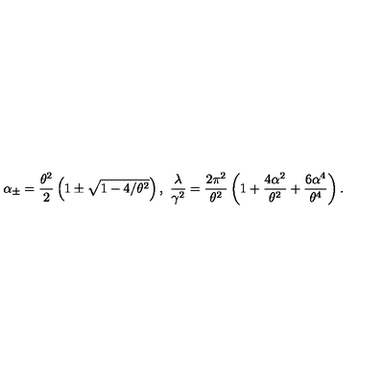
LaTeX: \alpha _ { \pm } = \frac { \theta ^ { 2 } } { 2 } \left( 1 \pm \sqrt { 1 - 4 / \theta ^ { 2 } } \right) , \ \frac { \lambda } { \gamma ^ { 2 } } = \frac { 2 \pi ^ { 2 } } { \theta ^ { 2 } } \left( 1 + \frac { 4 \alpha ^ { 2 } } { \theta ^ { 2 } } + \frac { 6 \alpha ^ { 4 } } { \theta ^ { 4 } } \right) .